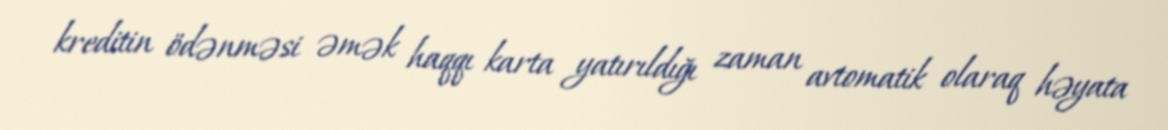
kreditin ödənməsi əmək haqqı karta yatırıldığı zaman avtomatik olaraq həyata